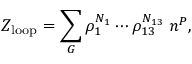
Z _ { \mathrm { l o o p } } = \sum _ { { \cal G } } \rho _ { 1 } ^ { N _ { 1 } } \cdots \rho _ { 1 3 } ^ { N _ { 1 3 } } \; n ^ { P } ,